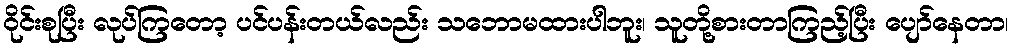
ဝိုင်းစုပြီး လုပ်ကြတော့ ပင်ပန်းတယ်လည်း သဘောမထားပါဘူး၊ သူတို့စားတာကြည့်ပြီး ပျော်နေတာ၊